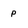
Character: p